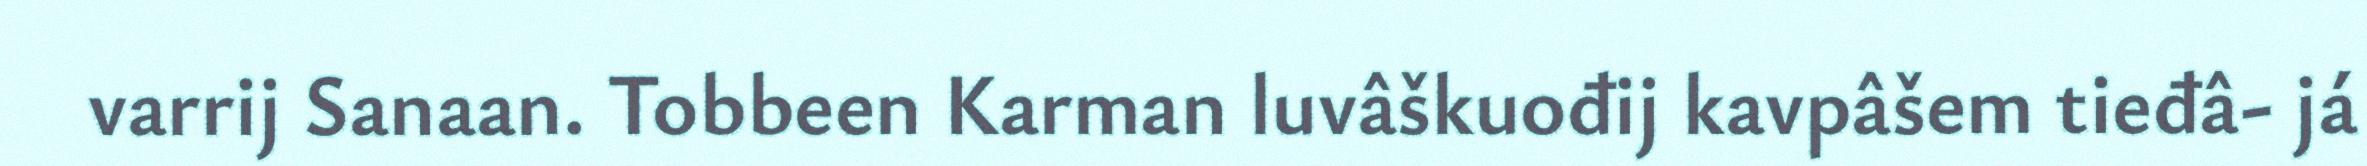
varrij Sanaan. Tobbeen Karman luvâškuođij kavpâšem tieđâ- já